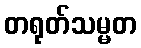
တရုတ်သမ္မတ